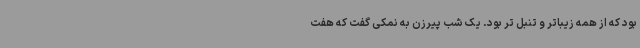
بود که از همه زیباتر و تنبل تر بود. یک شب پیرزن به نمکی گفت که هفت